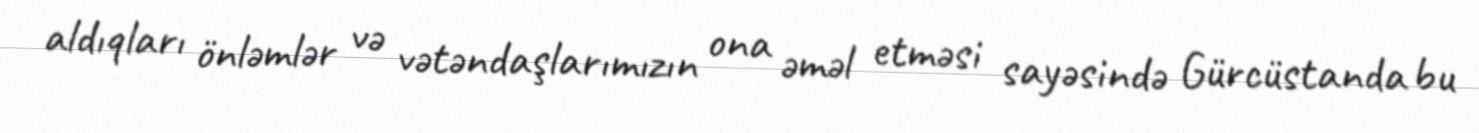
aldıqları önləmlər və vətəndaşlarımızın ona əməl etməsi sayəsində Gürcüstanda bu